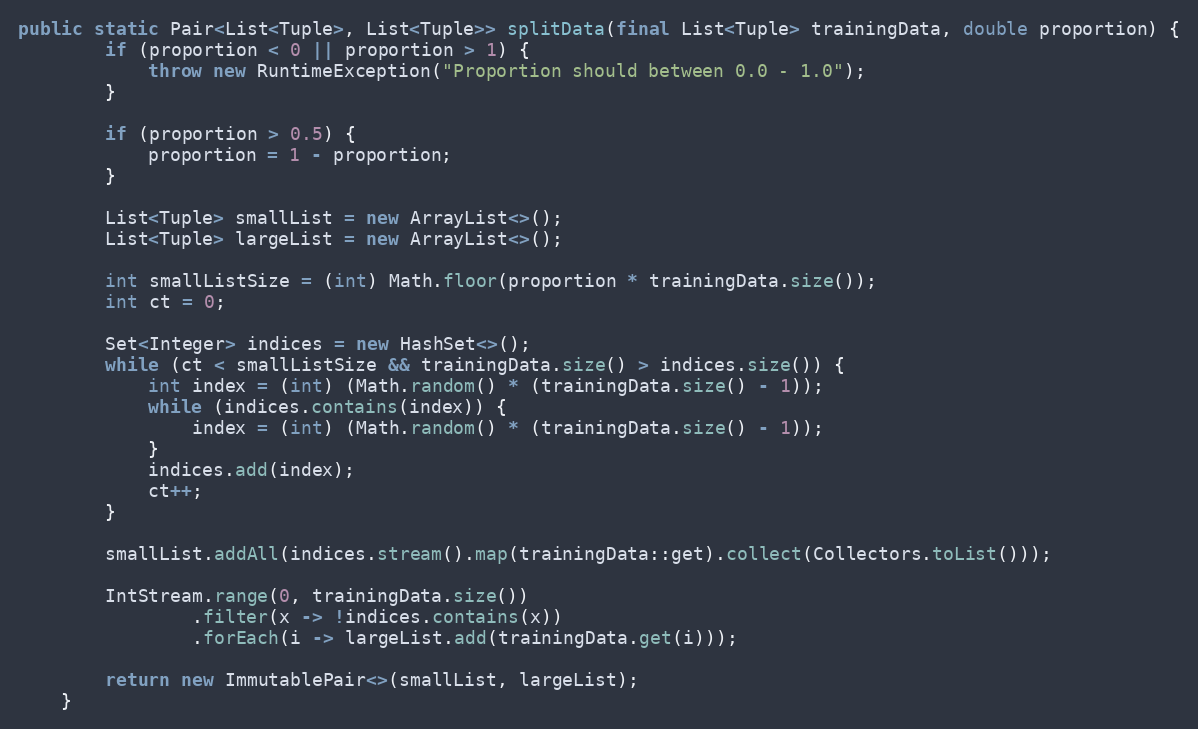
Language: Java
public static Pair<List<Tuple>, List<Tuple>> splitData(final List<Tuple> trainingData, double proportion) {
        if (proportion < 0 || proportion > 1) {
            throw new RuntimeException("Proportion should between 0.0 - 1.0");
        }

        if (proportion > 0.5) {
            proportion = 1 - proportion;
        }

        List<Tuple> smallList = new ArrayList<>();
        List<Tuple> largeList = new ArrayList<>();

        int smallListSize = (int) Math.floor(proportion * trainingData.size());
        int ct = 0;

        Set<Integer> indices = new HashSet<>();
        while (ct < smallListSize && trainingData.size() > indices.size()) {
            int index = (int) (Math.random() * (trainingData.size() - 1));
            while (indices.contains(index)) {
                index = (int) (Math.random() * (trainingData.size() - 1));
            }
            indices.add(index);
            ct++;
        }

        smallList.addAll(indices.stream().map(trainingData::get).collect(Collectors.toList()));

        IntStream.range(0, trainingData.size())
                .filter(x -> !indices.contains(x))
                .forEach(i -> largeList.add(trainingData.get(i)));

        return new ImmutablePair<>(smallList, largeList);
    }